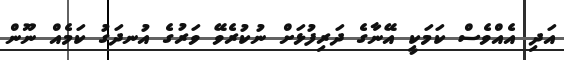
އަދި އެއްވެސް ކަމަކީ އޭނާގެ ދަރިފުޅަށް ނުކުރެވޭ ވަރުގެ އުނދަގު ކަމެއް ނޫން